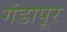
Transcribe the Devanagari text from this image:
गंडापूर